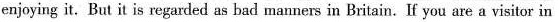
njoying it. But it is regarded as bad manners in Britain. If you are a visitor in